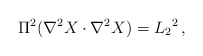
\begin{align*}\Pi^2 (\nabla^2 X \cdot \nabla^2 X ) = L_2{}^2\,,\end{align*}